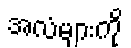
အလံများကို